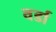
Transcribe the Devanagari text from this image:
वर्डा